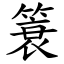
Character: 簑